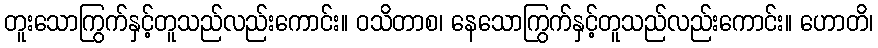
တူးသောကြွက်နှင့်တူသည်လည်းကောင်း။ ဝသိတာစ၊ နေသောကြွက်နှင့်တူသည်လည်းကောင်း။ ဟောတိ၊